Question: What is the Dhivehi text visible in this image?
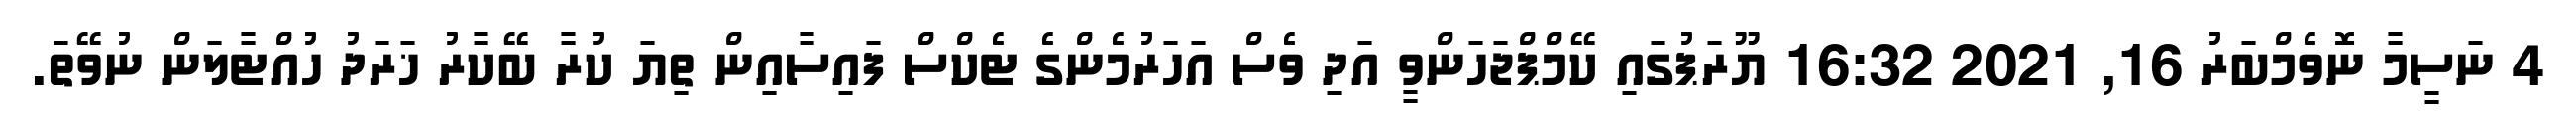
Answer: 4 ނަސީމާ ނޮވެމްބަރު 16, 2021 16:32 ޔޫރަޕުގައި ކޭމްޕްޖަހަންވީ އަދި ވެސް އަހަރުމެންގެ ޓެކްސް ފައިސާއިން ތިޔަ ކުރާ ބޭކާރު ޚަރަދު ހުއްޓާލަން ނުވޭތަ.